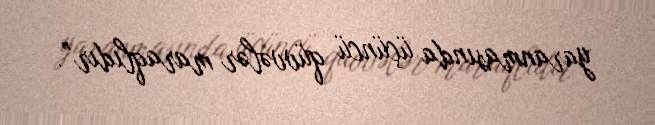
yaranmasında üçüncü qüvvələr maraqlıdır”.